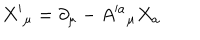
LaTeX: X ^ { \prime } { } _ { \mu } = \partial _ { \mu } - A ^ { \prime a } { } _ { \mu } X _ { a }